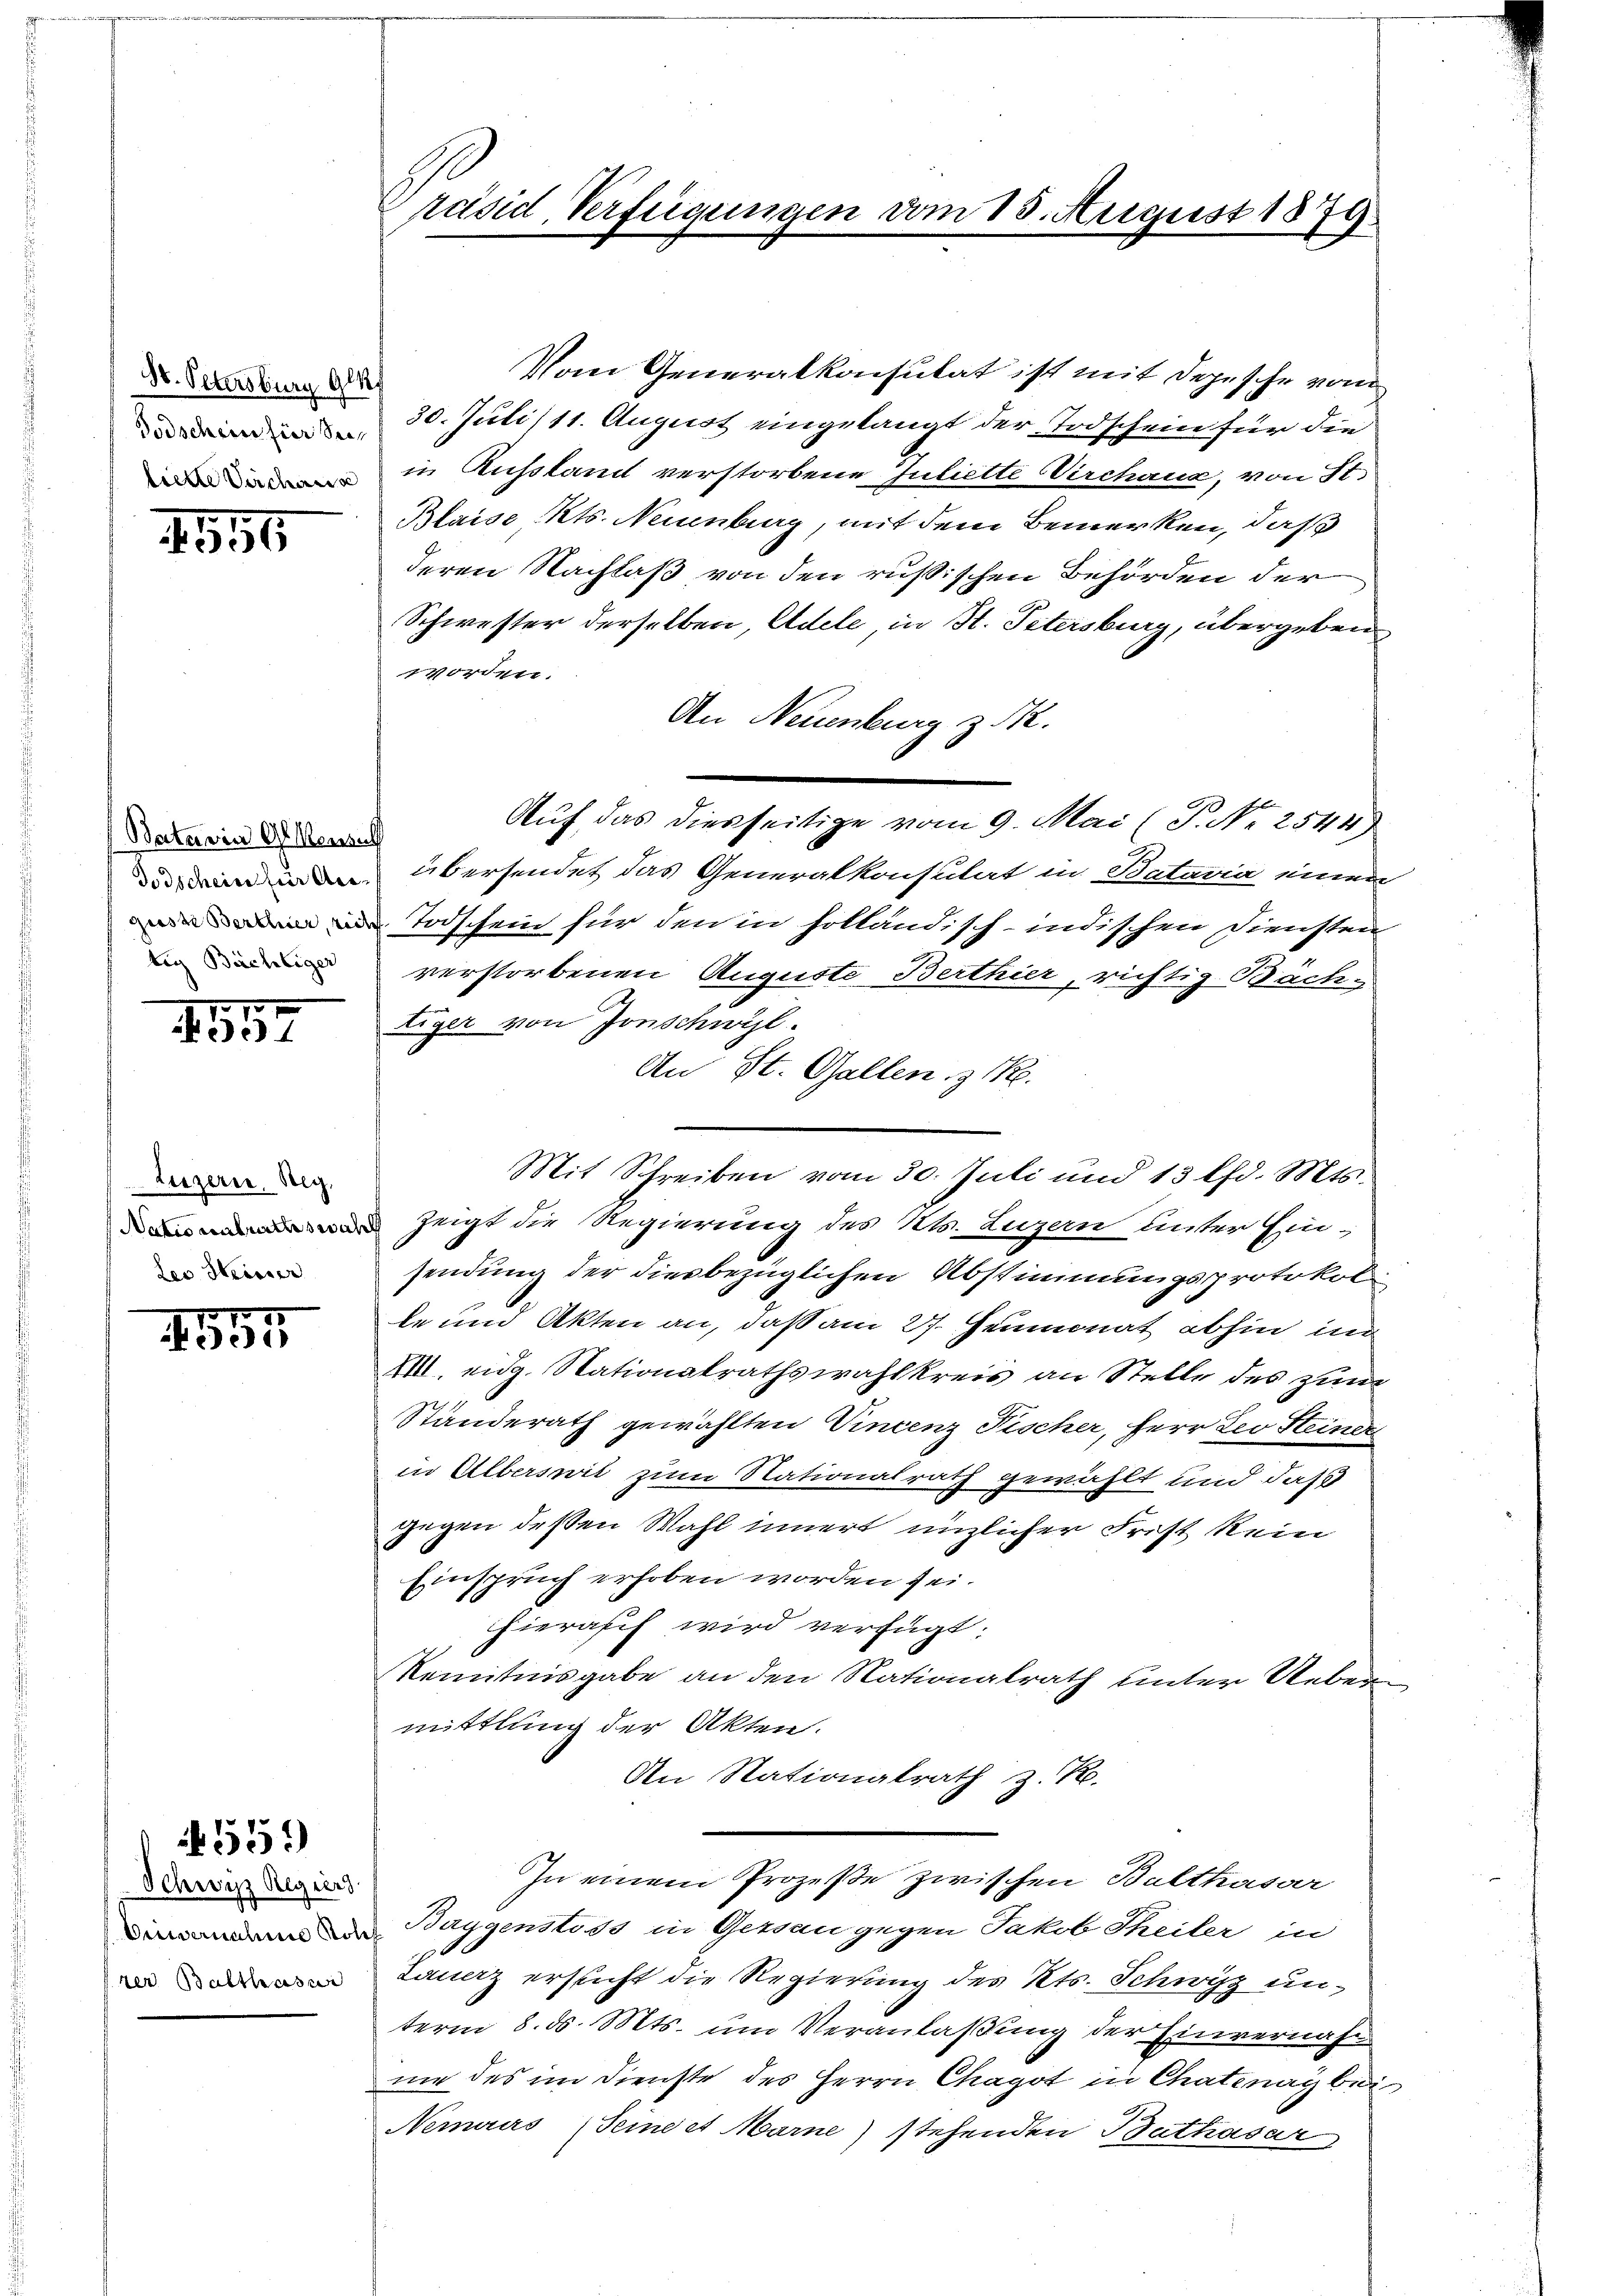
St. Petersburg Gla
Todschein für Sich
lierte Sicheris

250

(Batavin G. Mensuch
tig Bächliger

1917

Luzern, Reg.
ler Steiner

451

Schwyz Regier
Einvernahme solch
rer Balthasar

4551)

räsid Verfügunge.

Vom Generalkonsulat ist mit derjesche vom
30. Juli/11. August eingelangt der Todschein für die
in Ausstand verstorbene Juliette Virchau, von St.
Blaise Kts. Neuenburg, mit dem Bemerken, daß
deren Nachlaß von den rußischen Behörden der
Schwester derselben, Adele in St. Petersburg, übergeben
worden.
An Neuenburg z. R.
Auf das diesseitige vom 9. Mai (P. Nr. 2544
 übersendet das Generalkonsulat in Kataria einem
Todschein für den in solländisch-indischen Diensten
verstorbenen Auguste Berthier, richtig Bäch-
tiger von Jonschwyl.
An St. Gallen z 1.
Zeigt die Regierung des Kts. Luzern unter Ein-
sendung der diesbezüglichen Abstimmungsprotokol
te und Akten an, daß am 27. Heumonat abhin ind
VIII. eidg. Nationalrathswahlkreis an Stelle des zum
Ständerath gewählten Vincenz Fischer, Herr Leo Steiner
in Alberseit zum Nationalrath gewählt und daß
gegen deßen Wahl innert unzlicher Frist kein
Einspruch erhoben worden sei.
hieraff wird verfügt:
Kenntnisgabe an den Nationalrath unter Uebermittlung der Akten.
An Stationalrath z. R.
In einem Prozeße zwischen Balthasar
Baygenstoss in Gessau gegen Jakob Theiler in
Lauerz ersucht die Regierung des Kts. Schwyz unterm 8. ds. Mts. um Veranlaßung der Einvernahnie des im Dienste des Herrn Chagot in Chatenay bei
Neraus (Seine et Marne) stehenden Bathasar

m 15. August 1879.

Mit Schreiben vom 30. Juli und 13 lfd. Mts.